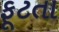
ફૂટતા